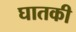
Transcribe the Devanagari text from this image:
घातकी